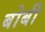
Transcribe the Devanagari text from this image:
बोबी